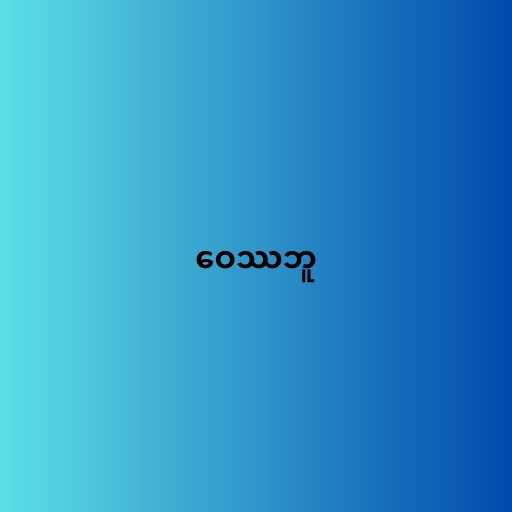
ဝေဿဘူ